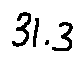
3 1 . 3